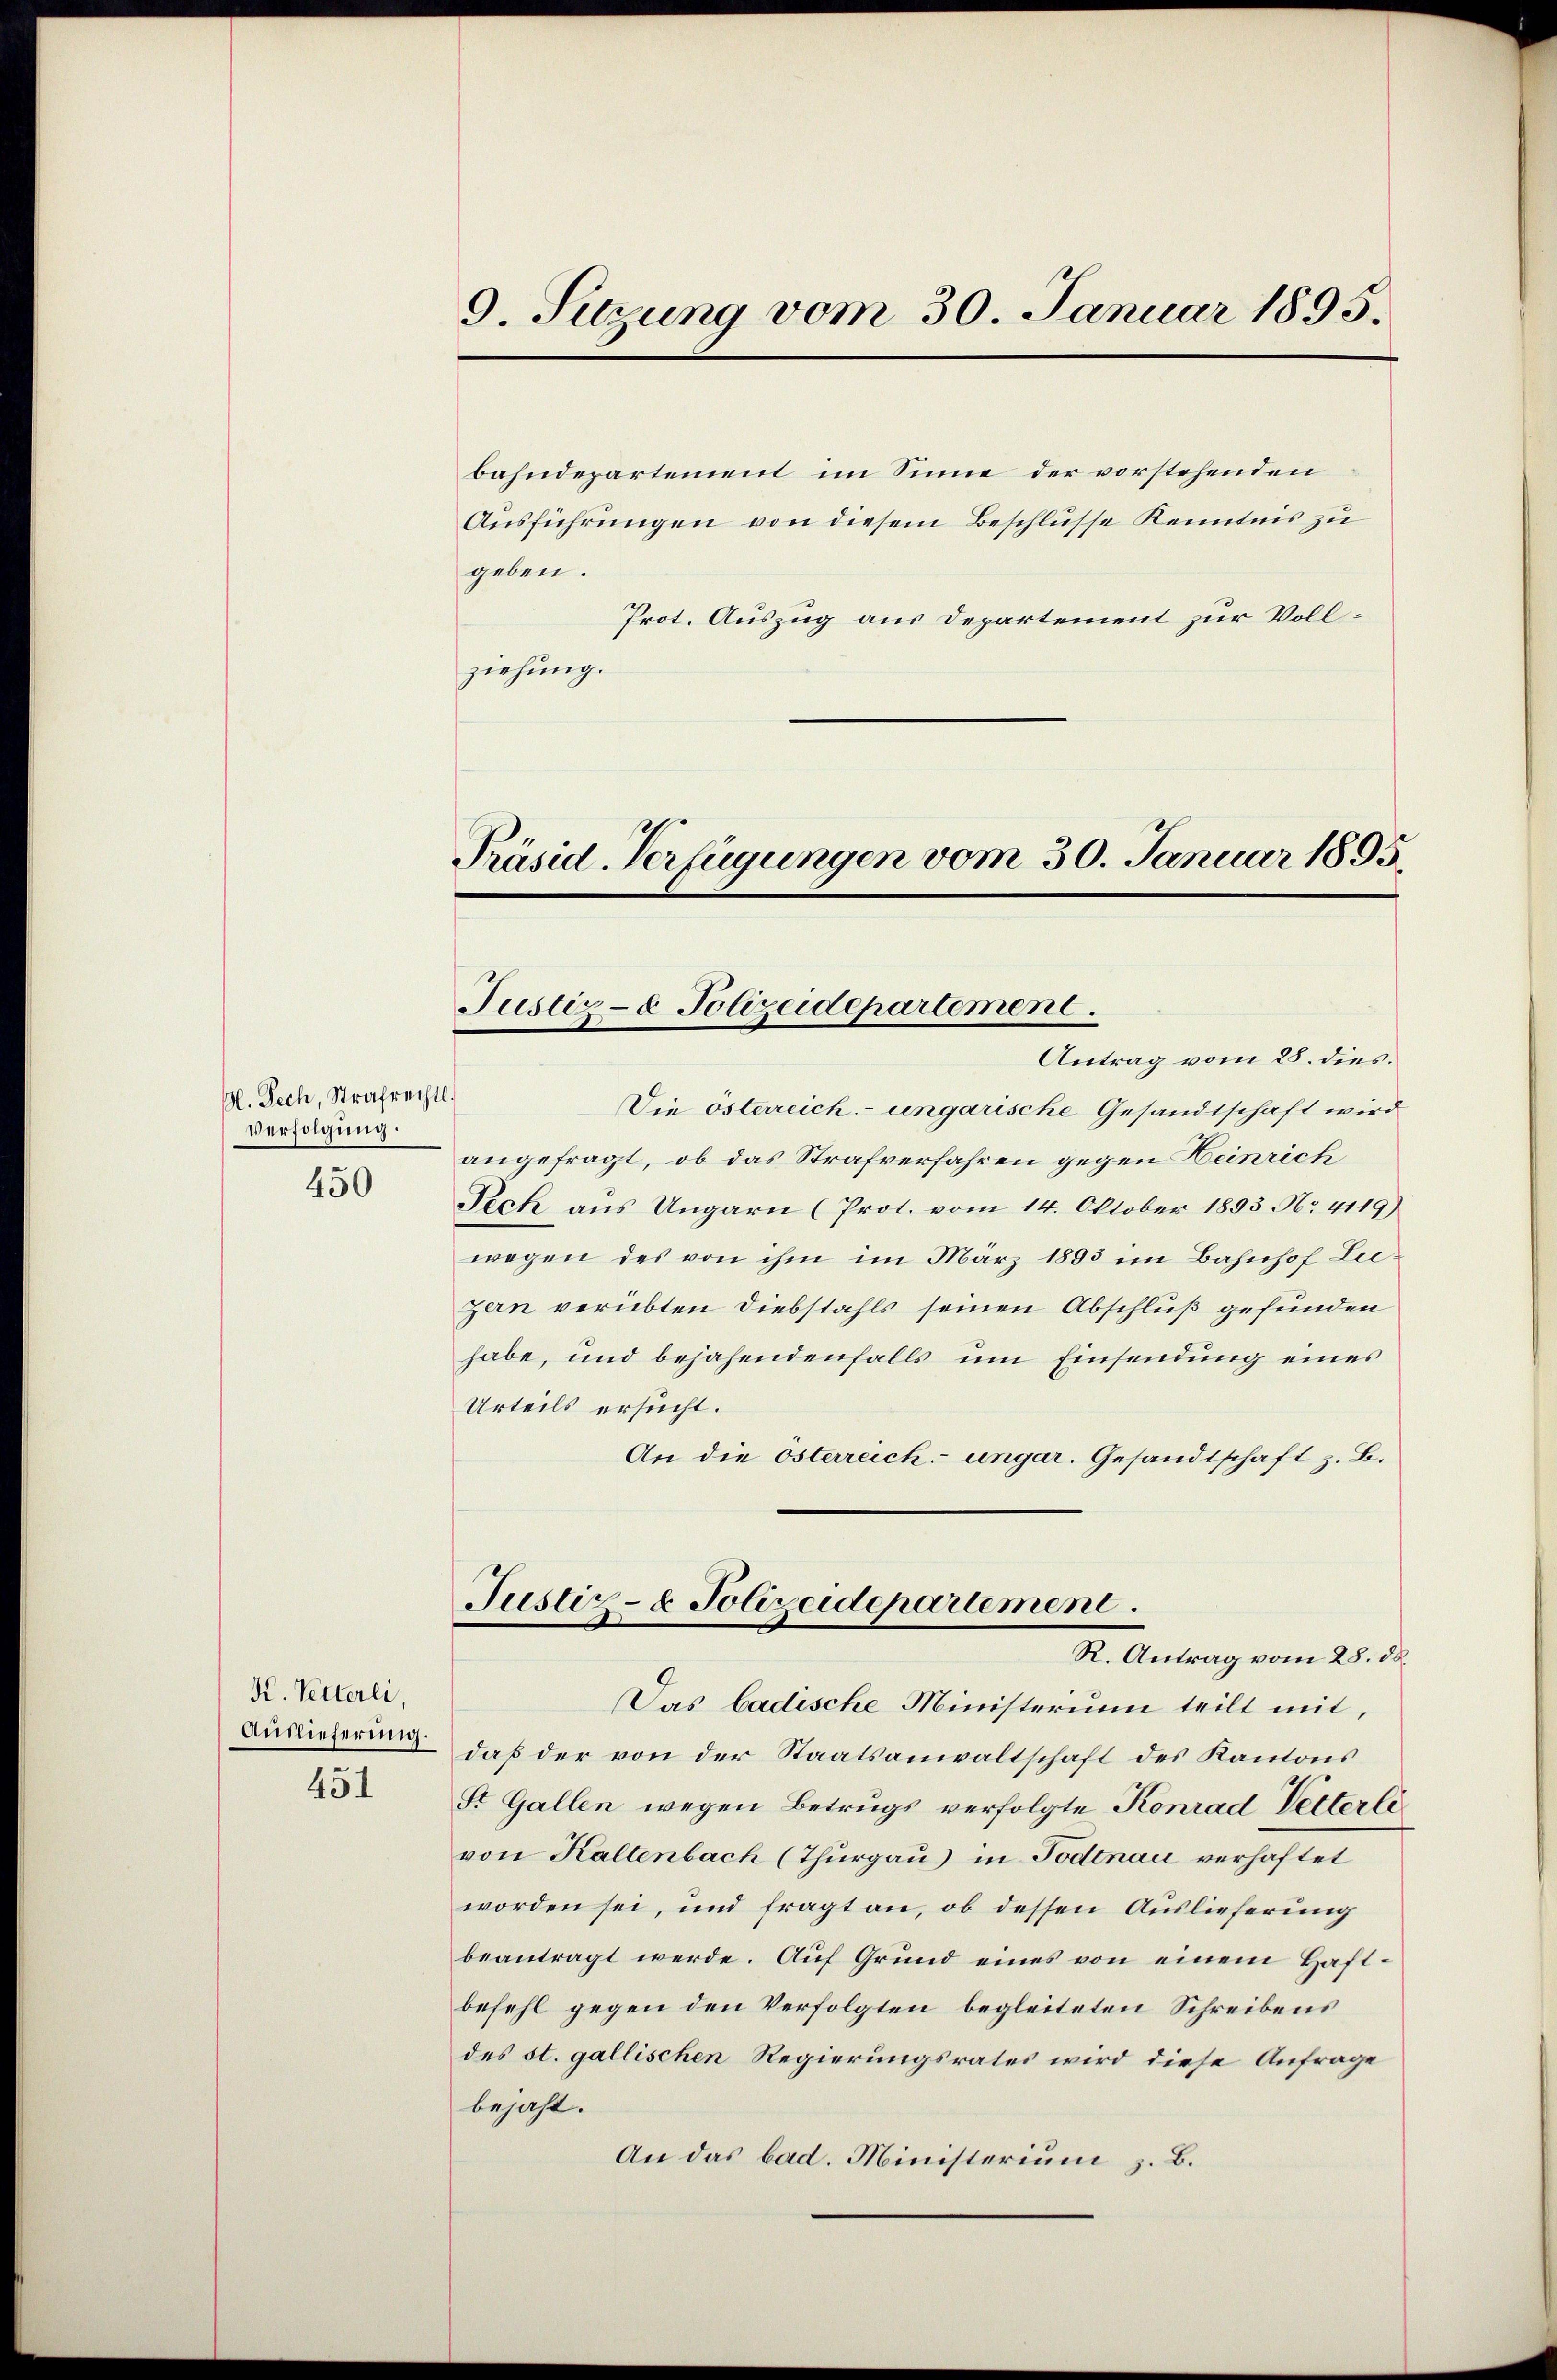
Gl. Pech, Strafrechtl.
verfolgung.

450

K. Vetterli,
Auslieferung.

451

9. Sitzung vom 30. Januar 1895.

Präsid. Verfügungen vom 30. Januar 1895

bahndepartement im Sinne der vorstehenden
Ausführungen von diesem Beschlusse Kenntnis zu
geben.
Prot. Auszug aus Departement zur Vollziehung.

Justiz- & Polizeidepartement.
Antrag vom 25. dies.

Die österreich- ungarische Gesandtschaft wird
angefragt, ob das Strafverfahren gegen Heinrich
Pech aus Ungarn (Prot. vom 14. Oktober 1893. No. 4119)
wegen des von ihm im März 1893 im Bahnhof Liezern verübten Diebstahls seinen Abschluß gefunden
habe, und bejahendenfalls um Einsendung eines
Urteils ersucht.
An die österreich ungar. Gesandtschaft z. B.
Justiz- & Polizeidepartement.
R. Antrag vom 28. 58.
Das badische Ministerium teilt mit,
daß der von der Staatsanwaltschaft des Kantons
St. Gallen wegen Betrugs verfolgte Konrad Vetterlevon Kaltenbach (Thurgau) in Todtnac
worden sei, und fragt an, ob dessen Auslieferung
beantragt werde. Auf Grund eines von einem Haftbefehl gegen den Verfolgten begleiteten Schreibens
des st. gallischen Regierungsrates wird diese Anfrage
bejaht.
An das bad. Ministerium z. B.